Source: Handwritten
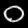
Digit: ၀ (0)